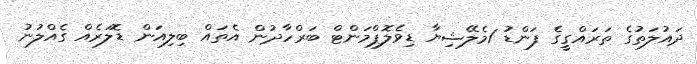
ދައުލަތުގެ ތަރައްގީގެ ފަންޑު 1މެލޭޝިޔާ ޑިވެލޮޕްމަންޓް ބަރްހާދުން އެތައް ބިލިއަން ޑޮލަރެއް ގެއްލުނު